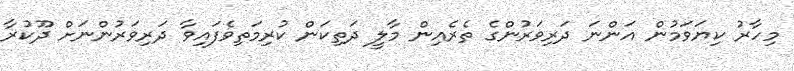
މިހާރު ކިޔަވަމުން އަންނަ ދަރިވަރުންގެ ތެރެއިން މާލީ ދަތިކަން ކުރިމަތިވެފައިވާ ދަރިވަރުންނަށް ދޫކުރާ